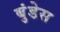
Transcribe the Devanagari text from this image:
बुंडेस